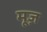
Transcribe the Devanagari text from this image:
मूज़